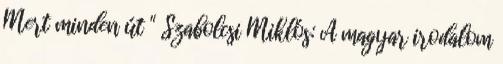
Mert minden út " Szabolcsi Miklós: A magyar irodalom